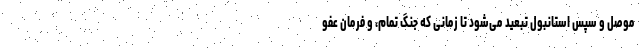
موصل و سپس استانبول تبعید می‌شود تا زمانی که جنگ تمام، و فرمان عفو